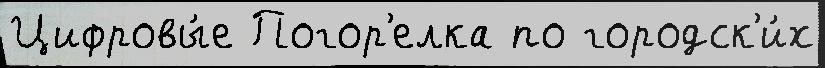
Цифровы́е Погор'елка по городск'и́х